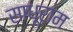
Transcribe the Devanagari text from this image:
साधूराम